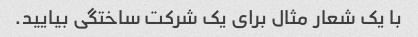
با یک شعار مثال برای یک شرکت ساختگی بیایید.